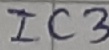
Text: IC3